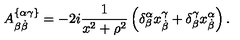
A _ { \beta \dot { \beta } } ^ { \{ \alpha \gamma \} } = - 2 i \frac { 1 } { x ^ { 2 } + \rho ^ { 2 } } \left( \delta _ { \beta } ^ { \alpha } x _ { \dot { \beta } } ^ { \gamma } + \delta _ { \beta } ^ { \gamma } x _ { \dot { \beta } } ^ { \alpha } \right) .